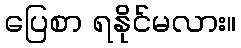
ပြေစာ ရနိုင်မလား။